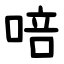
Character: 㖣